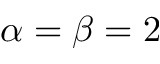
\alpha = \beta = 2